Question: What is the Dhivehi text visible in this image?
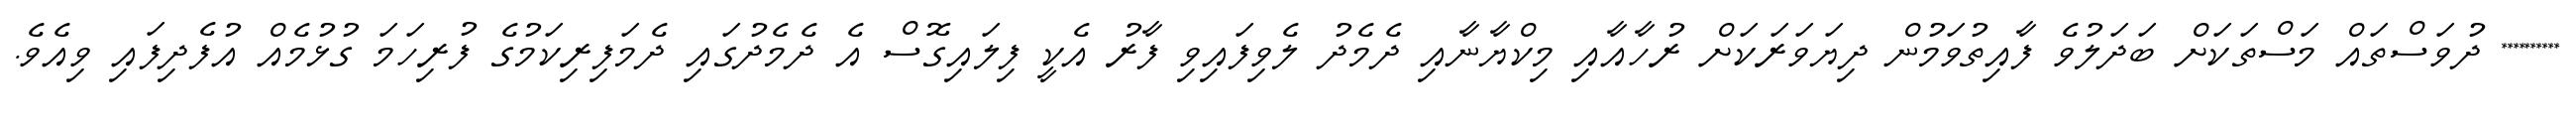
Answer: ********** ދުވަސްތައް މަސްތަކަށް ބަދަލުވެ ފާއިތުވަމުން ދިޔަވަރަކަށް ރުހާއާއި މިކްޔާނާއި ދެމެދު ލެވިފައިވި ފާރު އެކީ ފިލައިގޮސް އެ ދެމެދުގައި ދެމަފިރިކަމުގެ ފުރިހަމަ ގުޅުމެއް އުފެދިފައި ވިއެވެ.